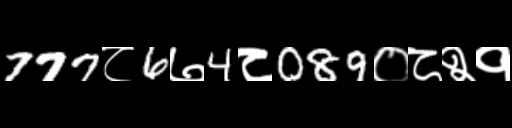
Text: 777८6७4८089०८२१